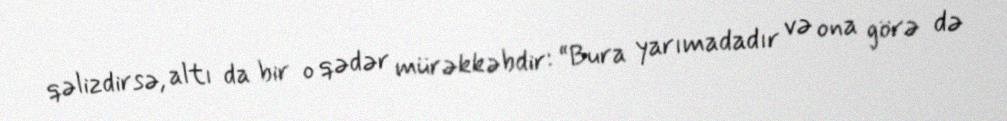
qəlizdirsə, altı da bir o qədər mürəkkəbdir: “Bura yarımadadır və ona görə də